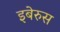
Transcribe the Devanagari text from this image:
इबेरुस